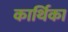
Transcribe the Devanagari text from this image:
कार्थिका